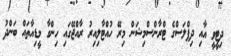
ދިޓީވީ އާއި ދިޕްލަސްގެ ޓްރާންސްމިޝަން މިރޭ ހުއްޓާލިއިރު ރާއްޖޭގައި ހިންގާ މީޑިއާތައް ބަންދު